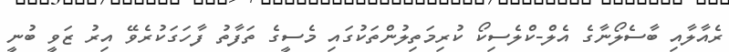
ރެއާލާއި ބާސެލޯނާގެ އެލް-ކްލެސިކޯ ކުރިމަތިލުންތަކުގައި މެސީގެ ތަފާތު ފާހަގަކުރެވޭ އިރު ޒަވީ ބުނީ